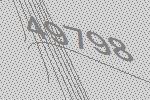
49798